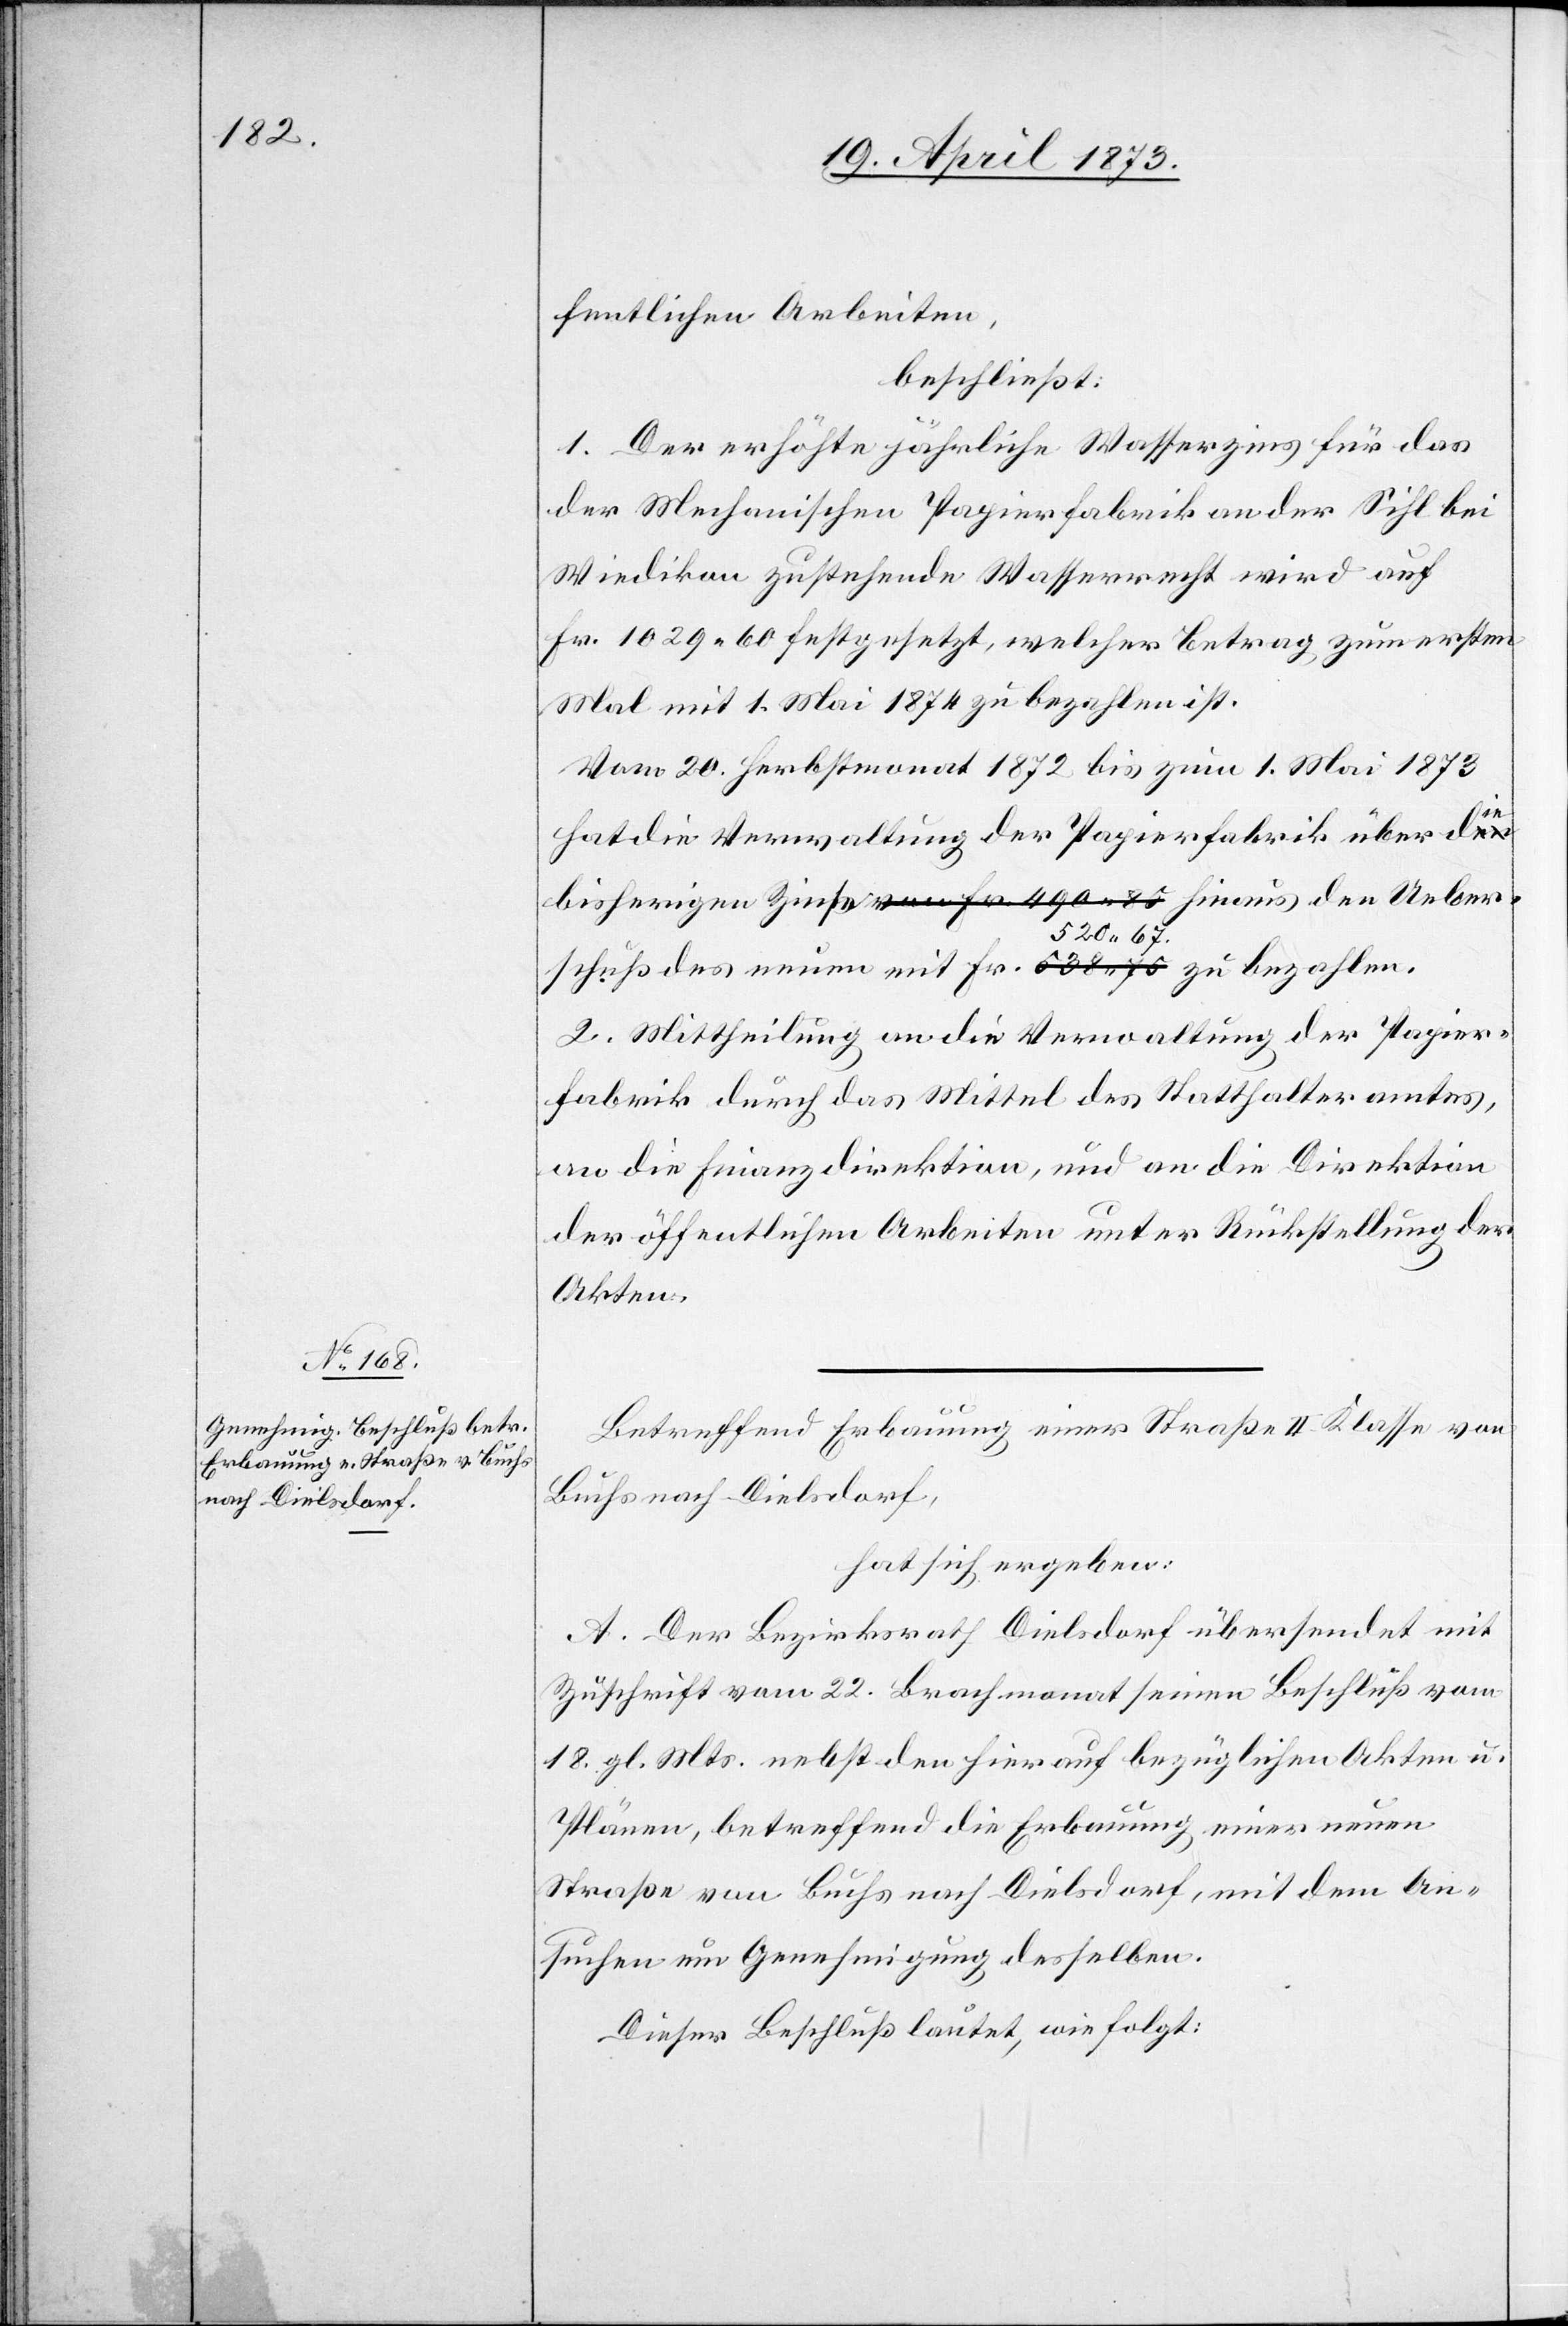
fentlichen Arbeiten,
beschließt:
1. Der erhöhte jährliche Wasserzins für das
der Mechanischen Papierfabrik an der Sihl bei
Wiedikon zustehende Wasserrecht wird auf
Fr. 1029 60 festgesetzt, welcher Betrag zum ersten
Mal mit 1. Mai 1874 zu bezahlen ist.
Vom 20. Herbstmonat 1872 bis zum 1. Mai 1873
hat die Verwaltung der Papierfabrik über die
520 67
2. Mittheilung an die Verwaltung der Papier¬
fabrik durch das Mittel des Statthalteramtes,
an die Finanzdirektion, und an die Direktion
der öffentlichen Arbeiten unter Rückstellung der
Akten.
Betreffend Erbauung einer Strasse II. Klasse von
Buchs nach Dielsdorf,
hat sich ergeben:
A. Der Bezirksrath Dielsdorf übersendet mit
Zuschrift vom 22. Brachmonat seinen Beschluß vom
18. gl. Mts. nebst den hierauf bezüglichen Akten u.
Plänen, betreffend die Erbauung einer neuen
Straße von Buchs nach Dielsdorf, mit dem An¬
suchen um Genehmigung desselben.
Dieser Beschluß lautet, wie folgt: